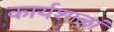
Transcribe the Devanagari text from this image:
कार्यशाळां